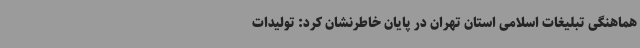
هماهنگی تبلیغات اسلامی استان تهران در پایان ‌خاطرنشان کرد: تولیدات